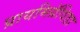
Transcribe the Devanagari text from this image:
प्रायमिग्रॅविडा